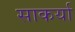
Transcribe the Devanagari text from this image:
साकर्या